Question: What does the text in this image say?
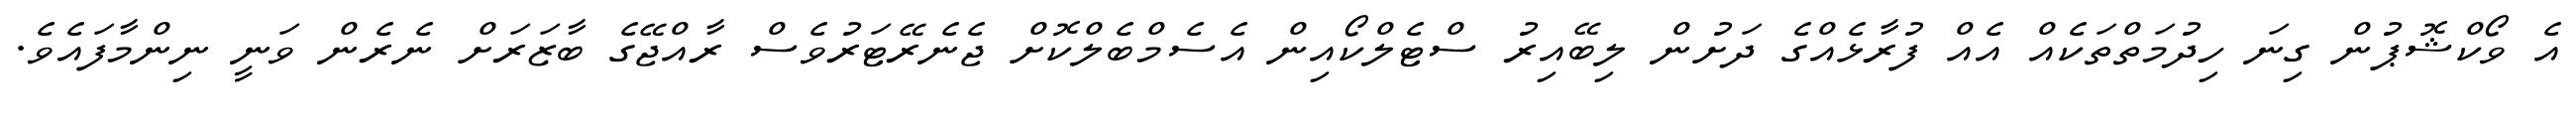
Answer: އެ ވޯކްޝޮޕުން ގިނަ ހިދުމަތްތަކެއް އެއް ފުރާޅެއްގެ ދަށުން ލިބޭއިރު ސްޓެލްކޯއިން އެސެމްބެލްކޮށް ޖެނެރޭޓަރުވެސް ރާއްޖޭގެ ބާޒަރަށް ނެރެން ވަނީ ނިންމާފައެވެ.